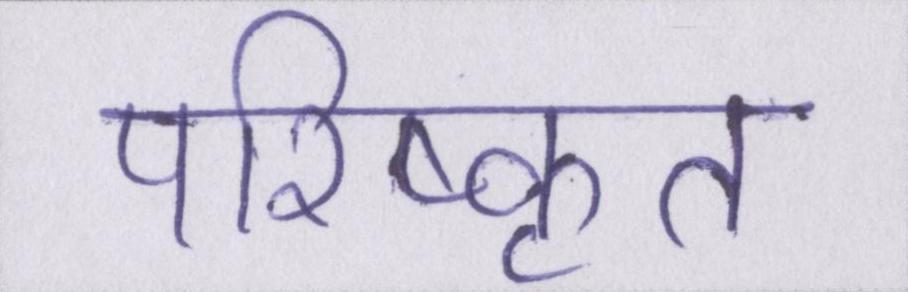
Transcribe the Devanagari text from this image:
परिष्कृत